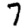
Digit: 7